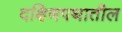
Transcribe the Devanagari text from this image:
दक्षिणपथातील